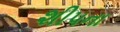
શીપના